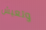
وتعيش